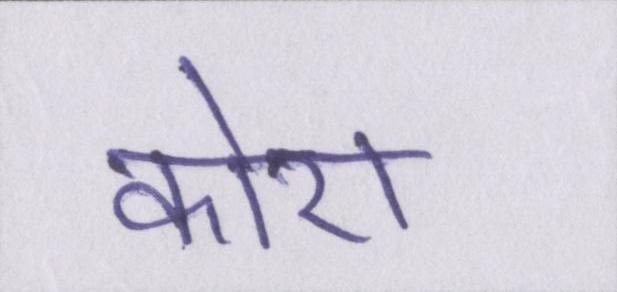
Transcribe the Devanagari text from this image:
कोरा